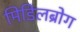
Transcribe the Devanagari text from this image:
मिडिलब्रोग